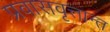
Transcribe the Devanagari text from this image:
प्रवासवृत्तान्त